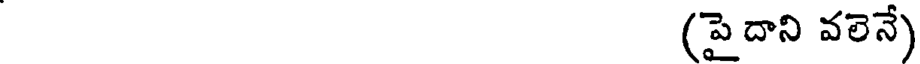
(పైదాని వలెనే)